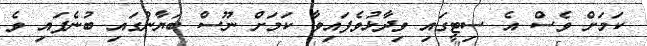
ކަމަށް ވެސް އެ ސިޓީގައި ވިދާޅުވެފައިވާ ކަމަށް ނޫސް ބަޔާނުގައި ބުނެފައި ވެ